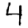
Digit: 4